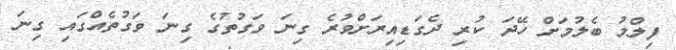
ފިލްމު ބެލުމަށް ހޭދަ ކުރި ދެގަޑިއިރަށްވުރެ ގިނަ ވަގުތުގެ ގިނަ ވަގުތެއްގައި ގިނަ